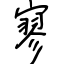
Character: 寥